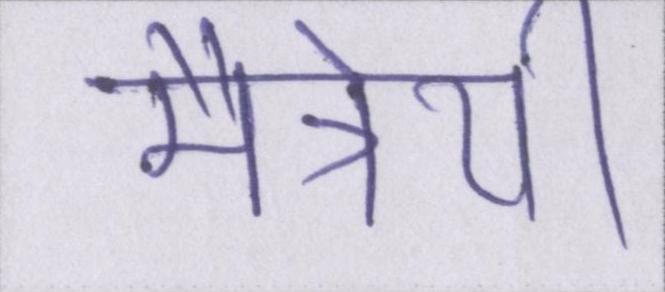
मैत्रेयी